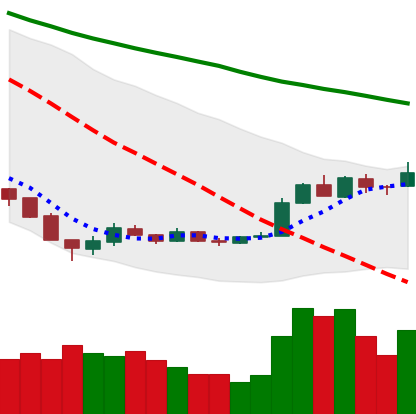
Ticker: EOS-USD
Chart end date: 2018-12-23
Forward return: -6.198%
Label: down_5_7